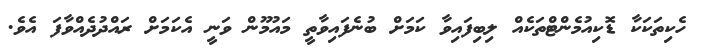
ހެކިތަކަކާ ޑޮކިއުމެންޓްތަކެއް ލިބިފައިވާ ކަމަށް ބުނެފައިވާތީ މައުމޫން ވަނީ އެކަމަށް ރައްދުދެއްވާފަ އެވެ.